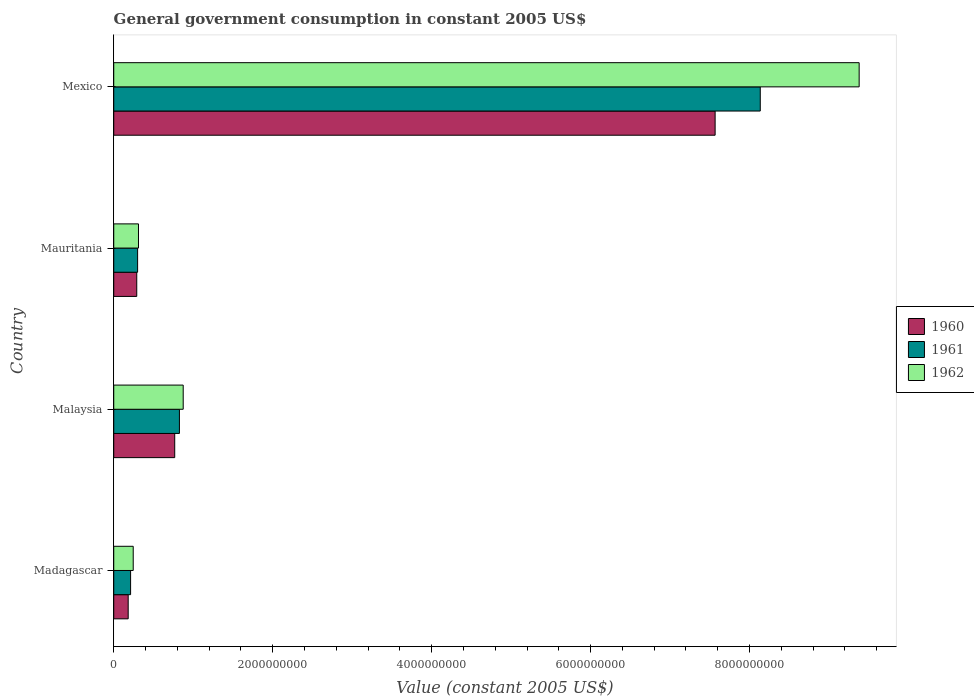
| Country | 1960 | 1961 | 1962 |
 | --- | --- | --- | --- |
 | Madagascar | 1.82e+08 | 2.12e+08 | 2.45e+08 |
 | Malaysia | 7.67e+08 | 8.26e+08 | 8.74e+08 |
 | Mauritania | 2.89e+08 | 3e+08 | 3.11e+08 |
 | Mexico | 7.57e+09 | 8.13e+09 | 9.38e+09 |